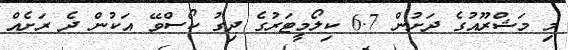
މި މަޝްރޫއުގެ ދަށުން 6.7 ކިލޯމީޓަރުގެ ދިގު ކޯސްވޭ އަކުން ދެ ރަށެއް